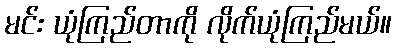
မင်း ယုံကြည်တာကို လိုက်ယုံကြည်မယ်။